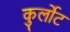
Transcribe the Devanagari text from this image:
कुर्लोट